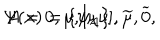
LaTeX: \Psi ( x ) = \left\{ \psi _ { A } \right\} , \hspace { 0 . 5 i n } A = 0 , \mu , [ \mu \nu ] , \widetilde { \mu } , \widetilde { 0 } ,